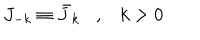
LaTeX: J _ { - k } \equiv \bar { J } _ { k } , k > 0